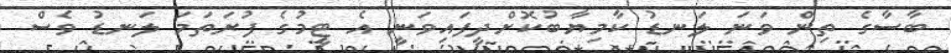
ބާސާގެ ތިން ވަނަ ލަނޑު ކާމިޔާބުކޮށްދީފައިވަނީ އެ ޓީމުގެ ފުރަތަމަ ލަނޑު ވެސް